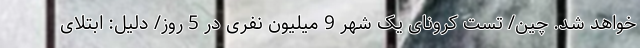
خواهد شد. چین/ تست کرونای یک شهر 9 میلیون نفری در 5 روز/ دلیل: ابتلای